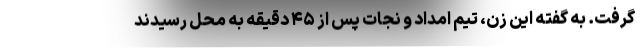
گرفت. به گفته این زن، تیم امداد و نجات پس از ۴۵ دقیقه به محل رسیدند